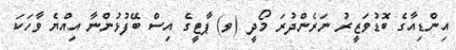
އިންޑިއާގެ ބޮޑުވަޒީރު ނަރެންދުރަ މޯދީ (ވ) ޕާޓީގެ އިސް ބޭފުޅުންނާ އިއްޔެ ވާހަކަ